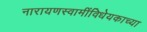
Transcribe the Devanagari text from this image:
नारायणस्वामींविधेयकाच्या